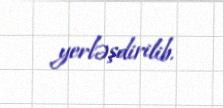
yerləşdirilib.